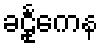
ခဠုင်္ကေန